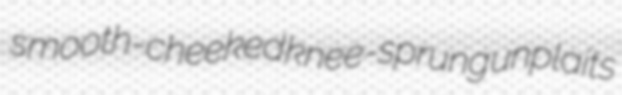
smooth-cheeked knee-sprung unplaits